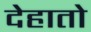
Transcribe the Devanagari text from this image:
देहातो